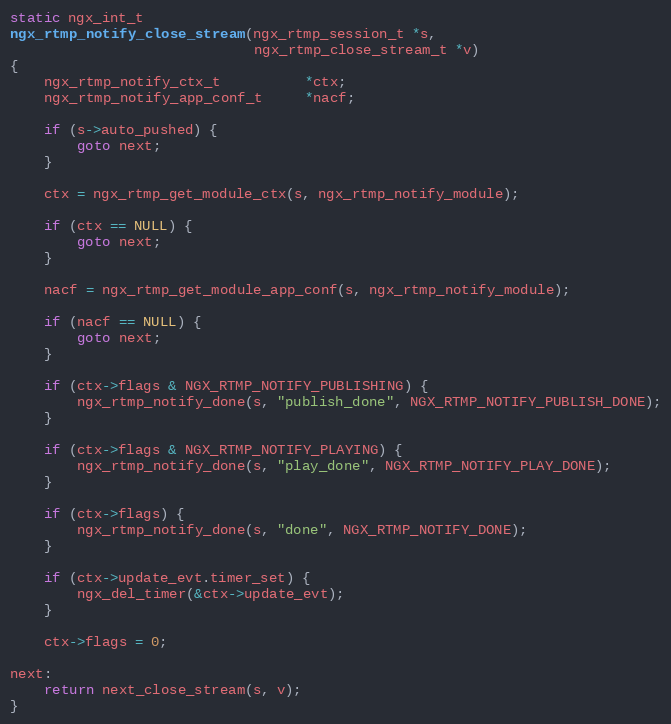
Language: C
static ngx_int_t
ngx_rtmp_notify_close_stream(ngx_rtmp_session_t *s,
                             ngx_rtmp_close_stream_t *v)
{
    ngx_rtmp_notify_ctx_t          *ctx;
    ngx_rtmp_notify_app_conf_t     *nacf;

    if (s->auto_pushed) {
        goto next;
    }

    ctx = ngx_rtmp_get_module_ctx(s, ngx_rtmp_notify_module);

    if (ctx == NULL) {
        goto next;
    }

    nacf = ngx_rtmp_get_module_app_conf(s, ngx_rtmp_notify_module);

    if (nacf == NULL) {
        goto next;
    }

    if (ctx->flags & NGX_RTMP_NOTIFY_PUBLISHING) {
        ngx_rtmp_notify_done(s, "publish_done", NGX_RTMP_NOTIFY_PUBLISH_DONE);
    }

    if (ctx->flags & NGX_RTMP_NOTIFY_PLAYING) {
        ngx_rtmp_notify_done(s, "play_done", NGX_RTMP_NOTIFY_PLAY_DONE);
    }

    if (ctx->flags) {
        ngx_rtmp_notify_done(s, "done", NGX_RTMP_NOTIFY_DONE);
    }

    if (ctx->update_evt.timer_set) {
        ngx_del_timer(&ctx->update_evt);
    }

    ctx->flags = 0;

next:
    return next_close_stream(s, v);
}